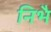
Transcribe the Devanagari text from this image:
निभै